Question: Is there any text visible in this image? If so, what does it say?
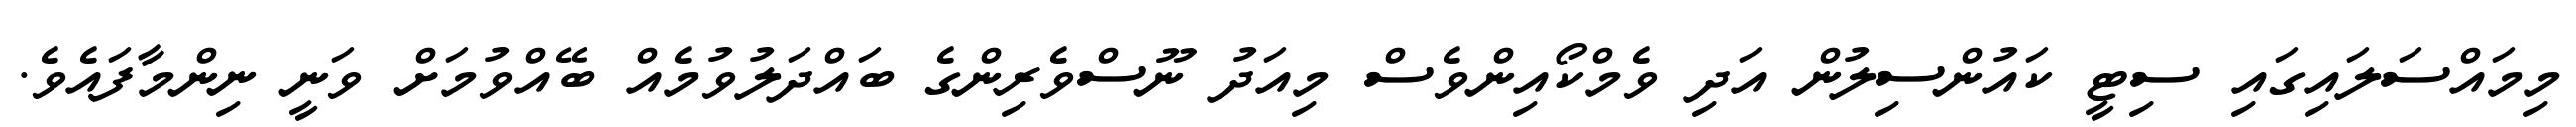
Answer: މިމައްސަލައިގައި ސިޓީ ކައުންސިލުން އަދި ވެމްކޯއިންވެސް މިއަދު ނޫސްވެރިންގެ ބައްދަލުވުމެއް ބޭއްވުމަށް ވަނީ ނިންމާފައެވެ.